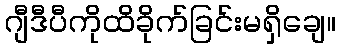
ဂျီဒီပီကိုထိခိုက်ခြင်းမရှိချေ။